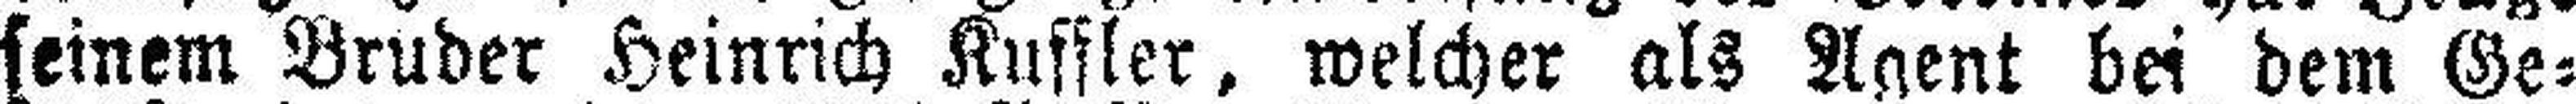
seinem Bruder Heinrich Kuffler, welcher als Agent bei dem Ge¬